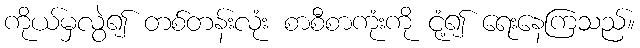
ကိုယ်မှလွဲ၍ တစ်တန်းလုံး စာစီစာကုံးကို ငုံ့၍ ရေးနေကြသည်။